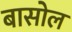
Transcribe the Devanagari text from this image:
बासोल